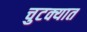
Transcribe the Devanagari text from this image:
चुटक्यात